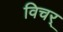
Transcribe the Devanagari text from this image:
विचर्